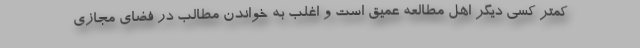
کمتر کسی دیگر اهل مطالعه عمیق است و اغلب به خواندن مطالب در فضای مجازی